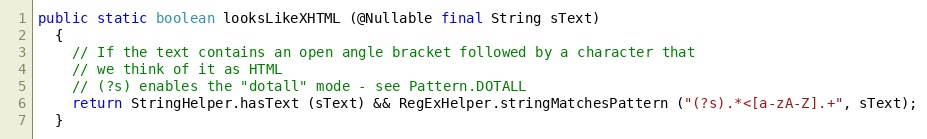
Language: Java
public static boolean looksLikeXHTML (@Nullable final String sText)
  {
    // If the text contains an open angle bracket followed by a character that
    // we think of it as HTML
    // (?s) enables the "dotall" mode - see Pattern.DOTALL
    return StringHelper.hasText (sText) && RegExHelper.stringMatchesPattern ("(?s).*<[a-zA-Z].+", sText);
  }